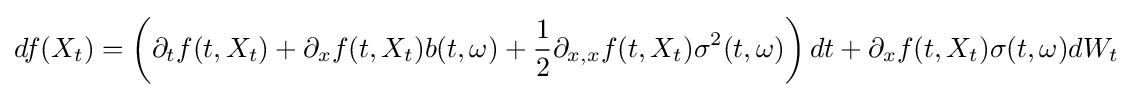
df(X_{t})=\left(\partial _{t}f(t,X_{t})+\partial _{x}f(t,X_{t})b(t,\omega )+{\frac {1}{2}}\partial _{x,x}f(t,X_{t})\sigma ^{2}(t,\omega )\right)dt+\partial _{x}f(t,X_{t})\sigma (t,\omega )dW_{t}